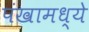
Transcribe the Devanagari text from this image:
पंखामध्ये